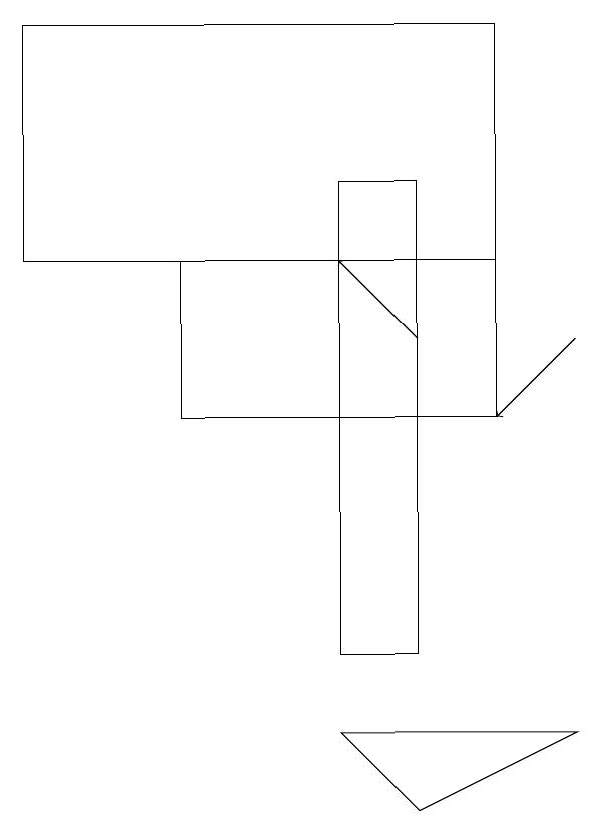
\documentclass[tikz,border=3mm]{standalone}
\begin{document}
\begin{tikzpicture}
\draw[->] (6,14) -- (5,15);
\draw (6,16) rectangle (5,10);
\draw (6,8) -- (8,9) -- (5,9) -- cycle;
\draw[->] (8,14) -- (7,13);
\draw (1,15) rectangle (7,18);
\draw (7,15) rectangle (3,13);
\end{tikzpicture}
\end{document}